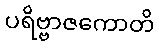
ပရိဗ္ဗာဇကောတိ